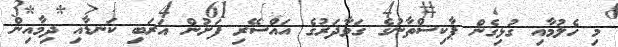
މި ހެލުމާއި ގުޅިގެން ޕާކިސްތާނުގެ ގަވާދަރުގެ އައްސޭރި ފަށުން އަރަބި ކަނޑާއި ދިމާއިން